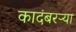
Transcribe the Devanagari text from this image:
कादंबरऱ्या